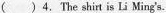
() 4. The shirt is Li Ming's.